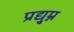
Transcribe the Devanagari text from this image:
प्रद्यु्म्न